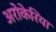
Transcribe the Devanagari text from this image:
अरोकेरिया